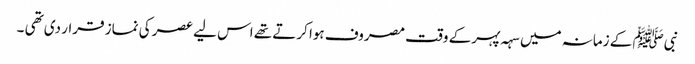
نبیﷺ کے زمانہ میں سہہ پہر کے وقت مصروف ہوا کرتے تھے اس لیے عصر کی نماز قرار دی تھی ۔